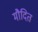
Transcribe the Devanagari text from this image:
मौदित